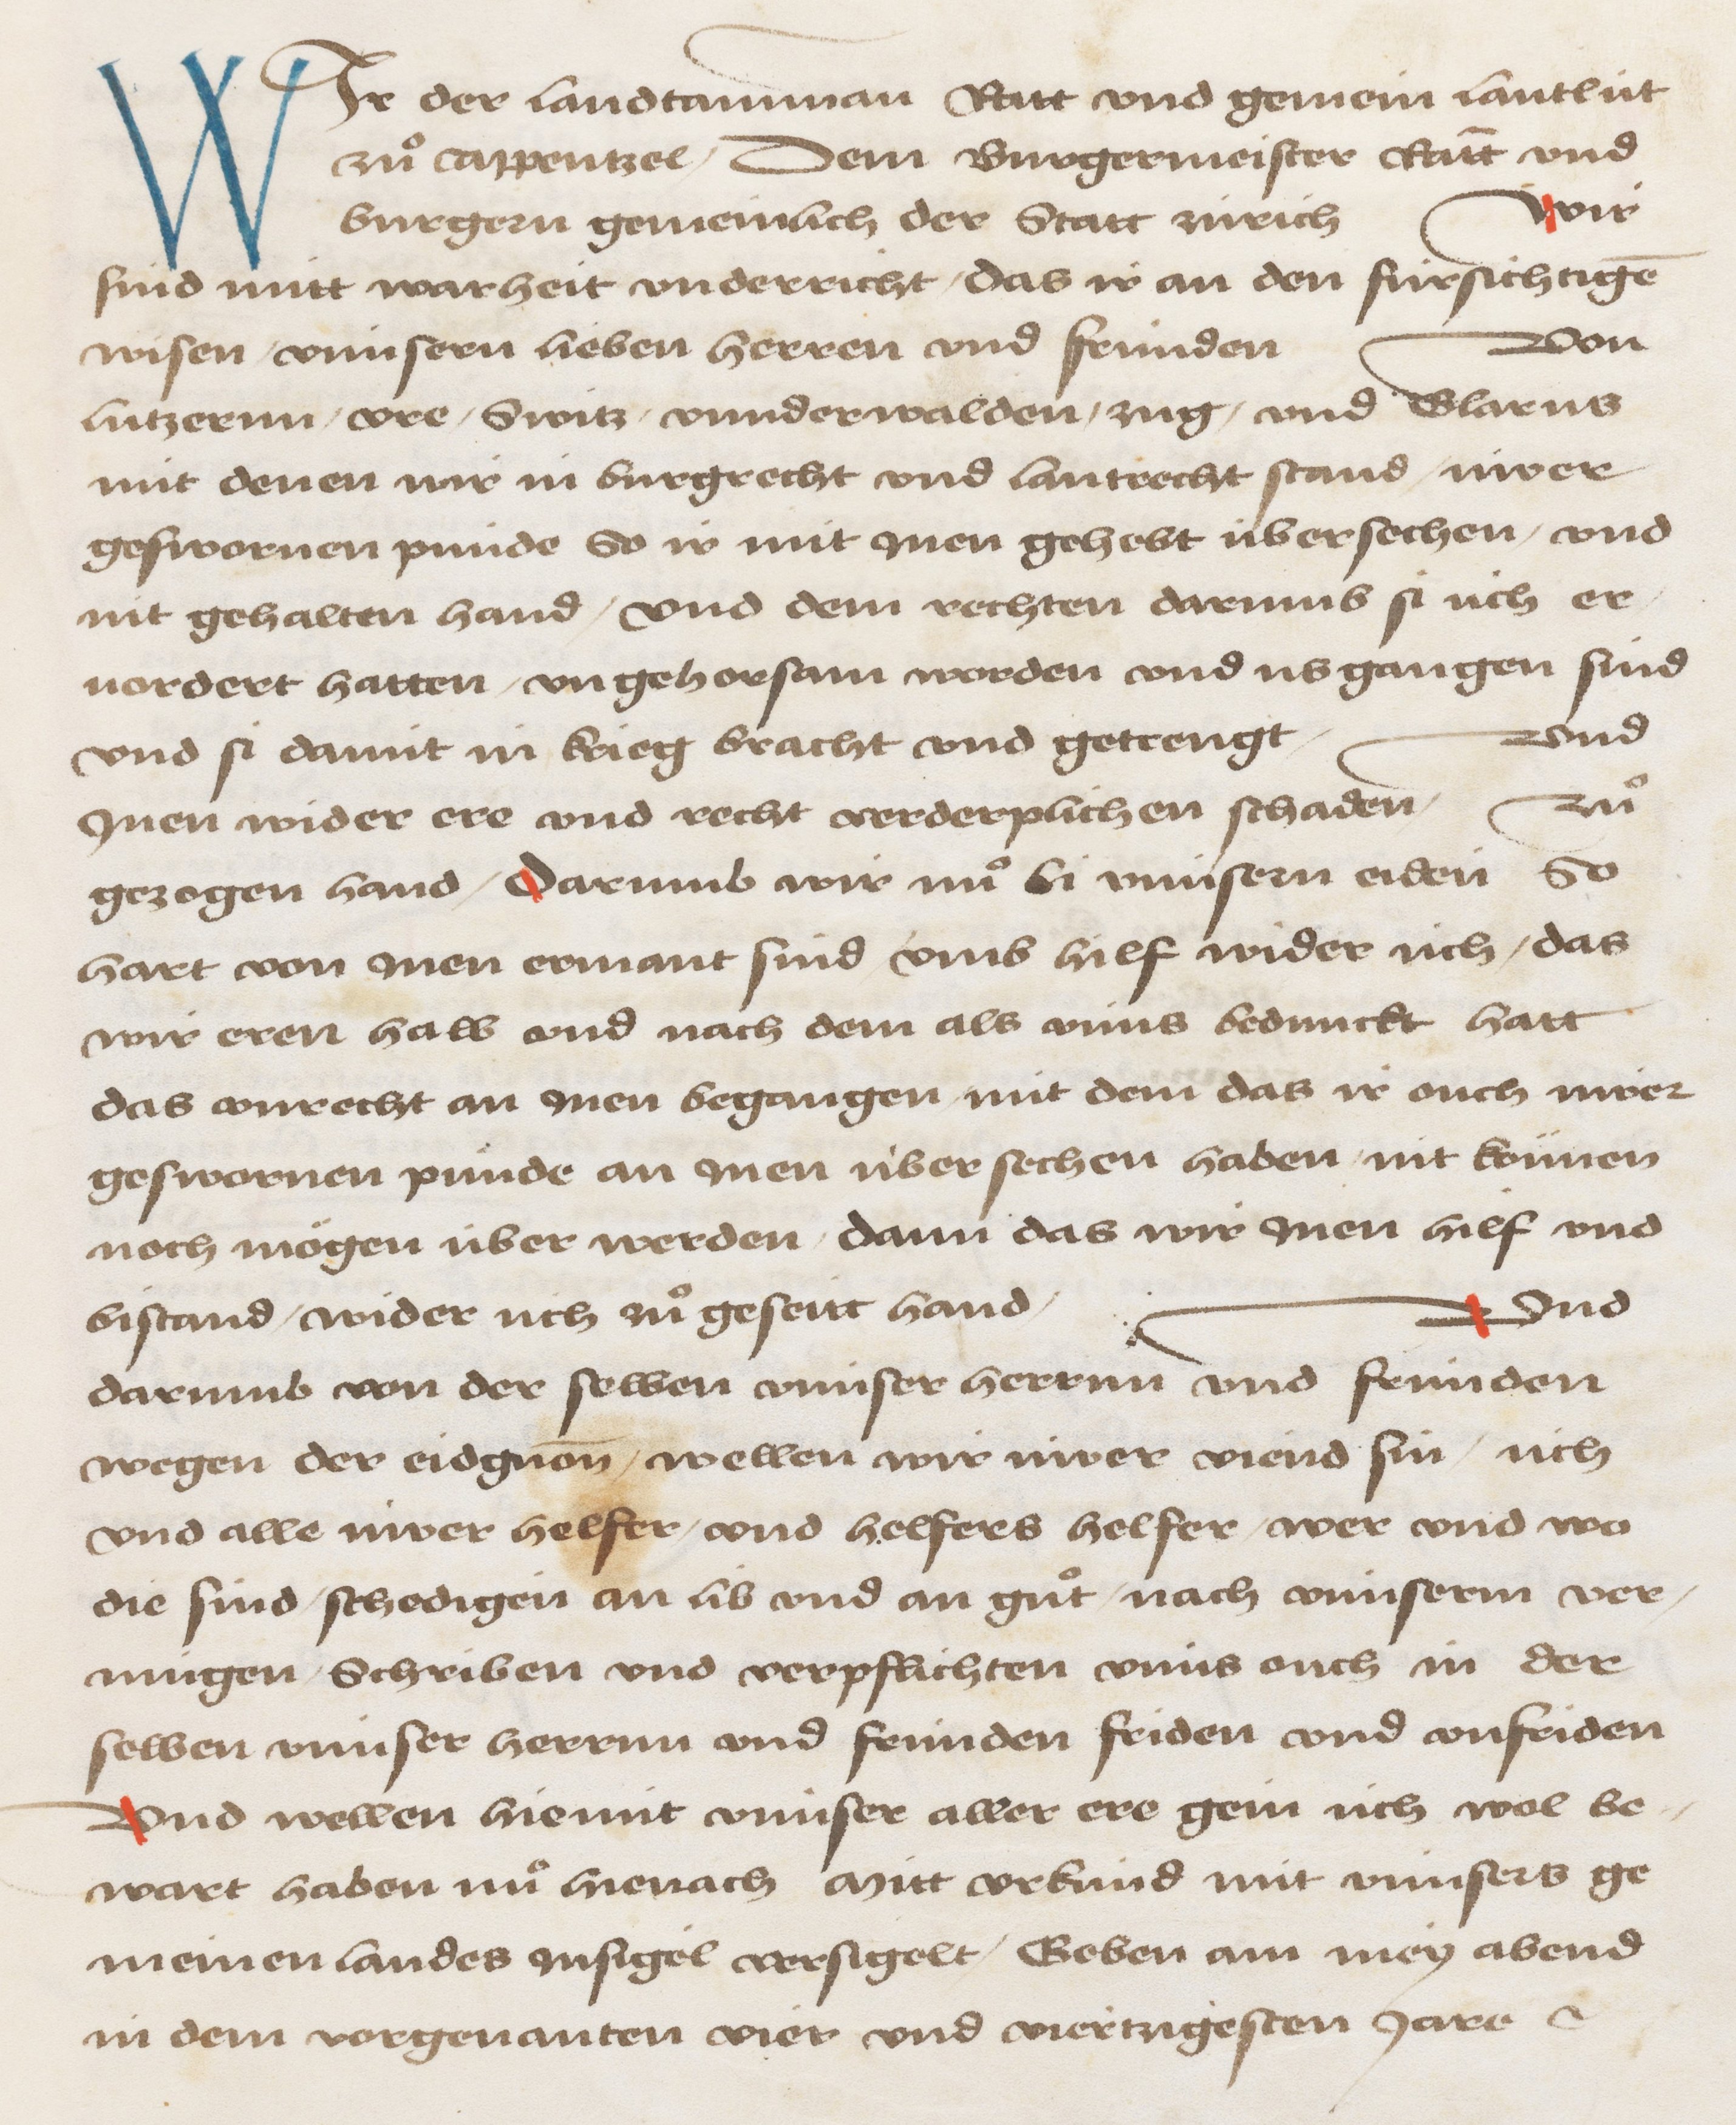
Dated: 1478–1483